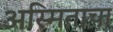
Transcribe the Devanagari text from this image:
अस्मिताचा